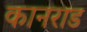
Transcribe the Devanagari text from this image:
कानराड